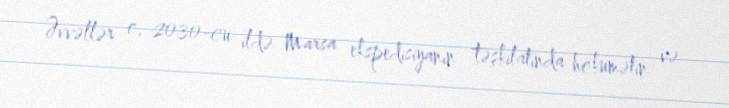
Əvvəllər o, 2030-cu ildə Marsa ekspedisiyanın təşkilatında hökumətin və